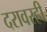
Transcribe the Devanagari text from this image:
दरावरही